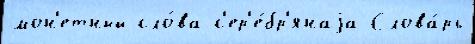
мон'етный сло́ва с'ер'е́бр'янаjа Слова́рь